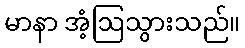
မာနာ အံ့ဩသွားသည်။